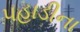
પહાડીના